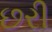
છરી